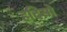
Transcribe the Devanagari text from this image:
हदिसो